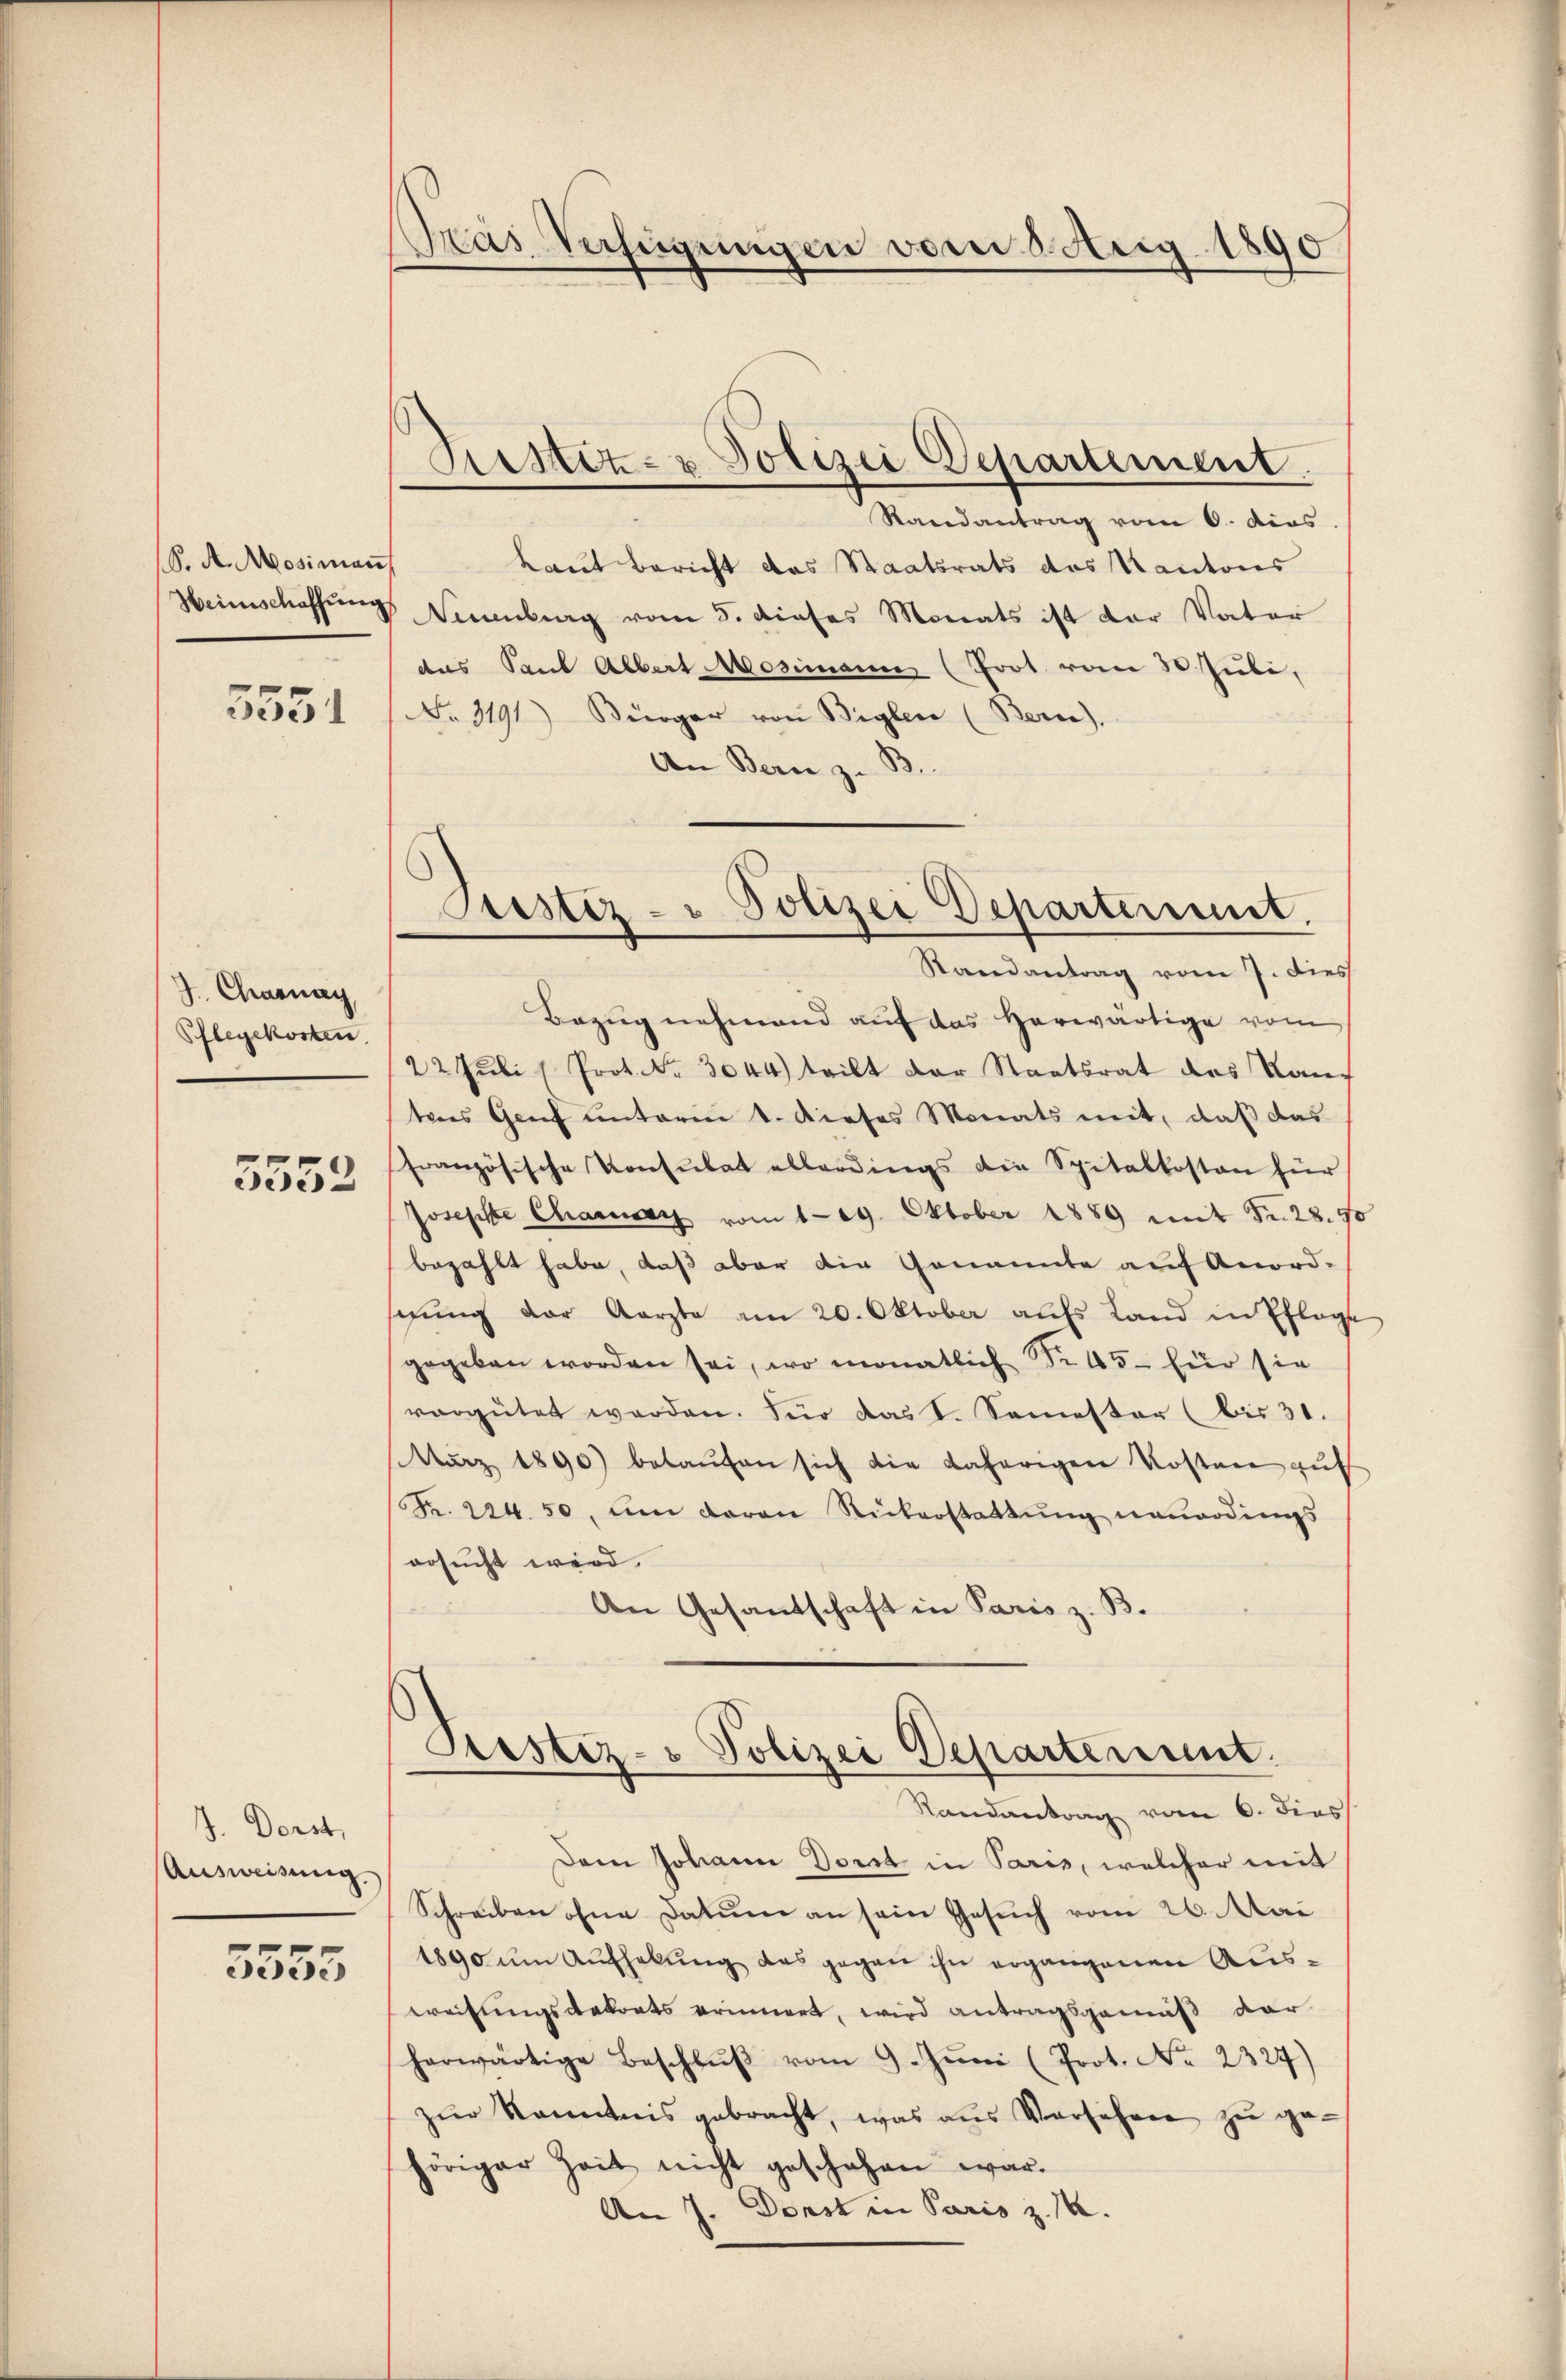
S. A. Mosiman

5551

J. Chasnay
Pflegekosten.
5552

J. Darst,
Ausweisung.

5555

Pras Verfügungen vom 2. Aug. 1890

Randantrag vom 6. dies
Laut Bericht das Staatsrats des Kantons
Heimschaffung Neuenburg vom 5. dieses Monats ist der Vater
das Sant Albert Mosimann (Prot. vom 30. Juli,
No. 3191) Bürger von Biglen (Bern).
An Bern z. B.
Bezug nehmend auf das herwärtige vom
22 Juli (Prot. Nr. 3044) teilt der Staatsrat des Kanteres Genf unterm 1. dieses Monats mit, daß das
französische Konsulat allerdings die Spitalkosten für
Josephte Charac vom 129. Oktober 1889 mit Fr. 28. 5
bezahlt habe, daß aber die Genannte auf Anord-
sezung der Aerzte am 20. Oktober aufs Land in Pfleg
gegeben worden sei, wo monatlich Nr 45 - für sie
vergütet werden. Für das I. Semester (bis 31.
März 1890 belaŭfen sich die daherigen Kosten auf
Fr. 224. 50, um daran Rükerstattŭng neuerdings
ersucht wird.
An Gesandschaft in Paris z. B.
Ristiz- & Polizei Departement.
Randantrag vom 6. dies
Dem Johann Dort in Paris, welcher mit
Schreiben ohne Datum an sein Gesuch vom 26. Mai
1890 ŭm Aŭfhelŭng das gegen ihn ergangenen Ausweisungsdekrets erinnert, wird antragsgemäß der
herwärtige Beschlŭβ vom 9. Jŭni (Prot. No. 2327)
zŭr Kenntnis gebracht, was aus Versehen zŭ ge-
höriger Zeit nicht geschehen war.
An J. Donst in Paris z. 14.

Liester- u Polizei Departement.

ustiz- u Polizei Departement.
Randantrag vom 7. dies